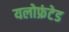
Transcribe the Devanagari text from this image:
यलोफ्रंटेड